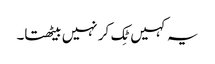
یہ کہیں ٹِک کر نہیں بیٹھتا۔